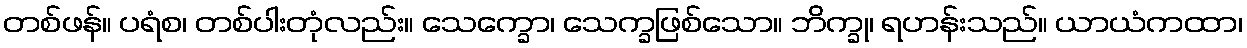
တစ်ဖန်။ ပရံစ၊ တစ်ပါးတုံလည်း။ သေက္ခော၊ သေက္ခဖြစ်သော။ ဘိက္ခု၊ ရဟန်းသည်။ ယာယံကထာ၊